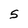
Character: 5